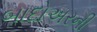
બાદોઅરની